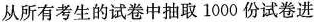
从所有考生的试卷中抽取1000份试卷进